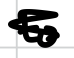
Text: to
Cross-out: mix
Writing tool: digital_black